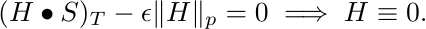
\begin{equation*}\label{eq:lem.critical_value.assertion}
(H\bullet S)_T - \epsilon \|H\|_p = 0 \implies  H \equiv 0.
\end{equation*}